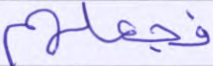
فجعلهم